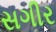
સગીર